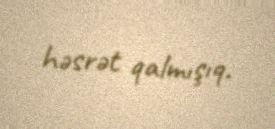
həsrət qalmışıq.